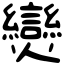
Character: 𤓖